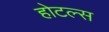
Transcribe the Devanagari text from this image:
होटल्‍स